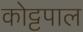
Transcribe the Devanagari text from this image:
कोट्टपाल